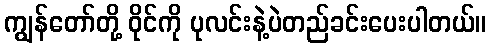
ကျွန်တော်တို့ ဝိုင်ကို ပုလင်းနဲ့ပဲတည်ခင်းပေးပါတယ်။